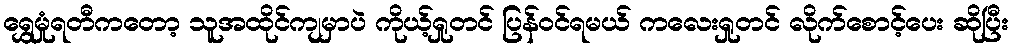
ရွှေမှုံရတီကတော့ သူအထိုင်ကျမှာပဲ ကိုယ့်ရှုတင် ပြန်ဝင်ရမယ် ကလေးရှုတင် လိုက်စောင့်ပေး ဆိုပြီး